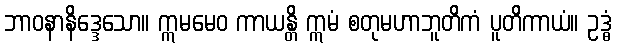
ဘာဝနာနိဒ္ဒေသော။ ဣမမေဝ ကာယန္တိ ဣမံ စတုမဟာဘူတိကံ ပူတိကာယံ။ ဥဒ္ဓံ